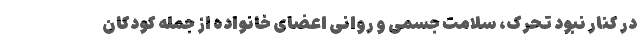
در کنار نبود تحرک، سلامت جسمی و روانی اعضای خانواده از جمله کودکان